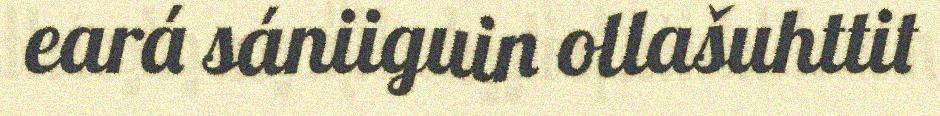
eará sániiguin ollašuhttit